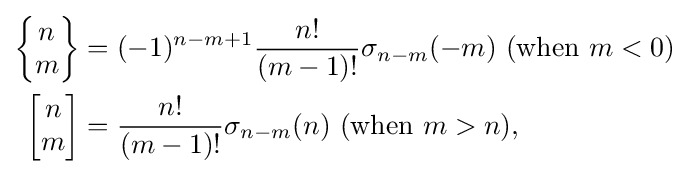
{\begin{aligned}\left\{{\begin{matrix}n\\m\end{matrix}}\right\}&=(-1)^{n-m+1}{\frac {n!}{(m-1)!}}\sigma _{n-m}(-m)\ ({\text{when }}m<0)\\\left[{\begin{matrix}n\\m\end{matrix}}\right]&={\frac {n!}{(m-1)!}}\sigma _{n-m}(n)\ ({\text{when }}m>n),\end{aligned}}